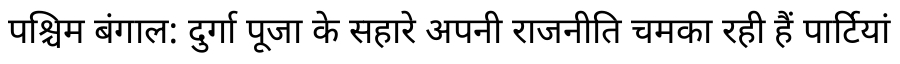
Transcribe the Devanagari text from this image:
पश्चिम बंगाल: दुर्गा पूजा के सहारे अपनी राजनीति चमका रही हैं पार्टियां